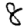
Digit: 8